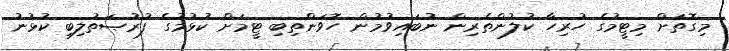
މިގޮތަށް މިޓީމުގެ ހުރިހާ ކުލުންތެރިން ނުބައިވުމުން ހޮވަންތިބި ޓީމަށް ކުޅުމުގެ ފުރުޞަތުލިބި ކުޅުނު